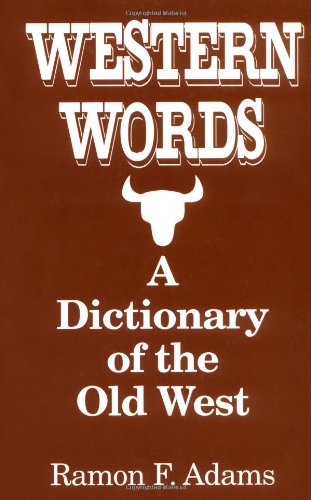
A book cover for Western Words: A Dictionary of the Old West; Ramon F. Adams; Reference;